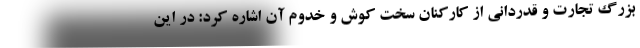
بزرگ تجارت و قدردانی از کارکنان سخت کوش و خدوم آن اشاره کرد: در این